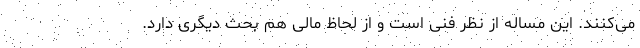
می‌کنند. این مساله از نظر فنی است و از لحاظ مالی هم بحث دیگری دارد.